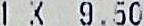
1 X 9.50